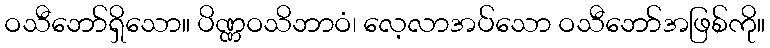
ဝသီဘော်ရှိသော။ ပိဏ္ဏဝသိဘာဝံ၊ လေ့လာအပ်သော ဝသီဘော်အဖြစ်ကို။